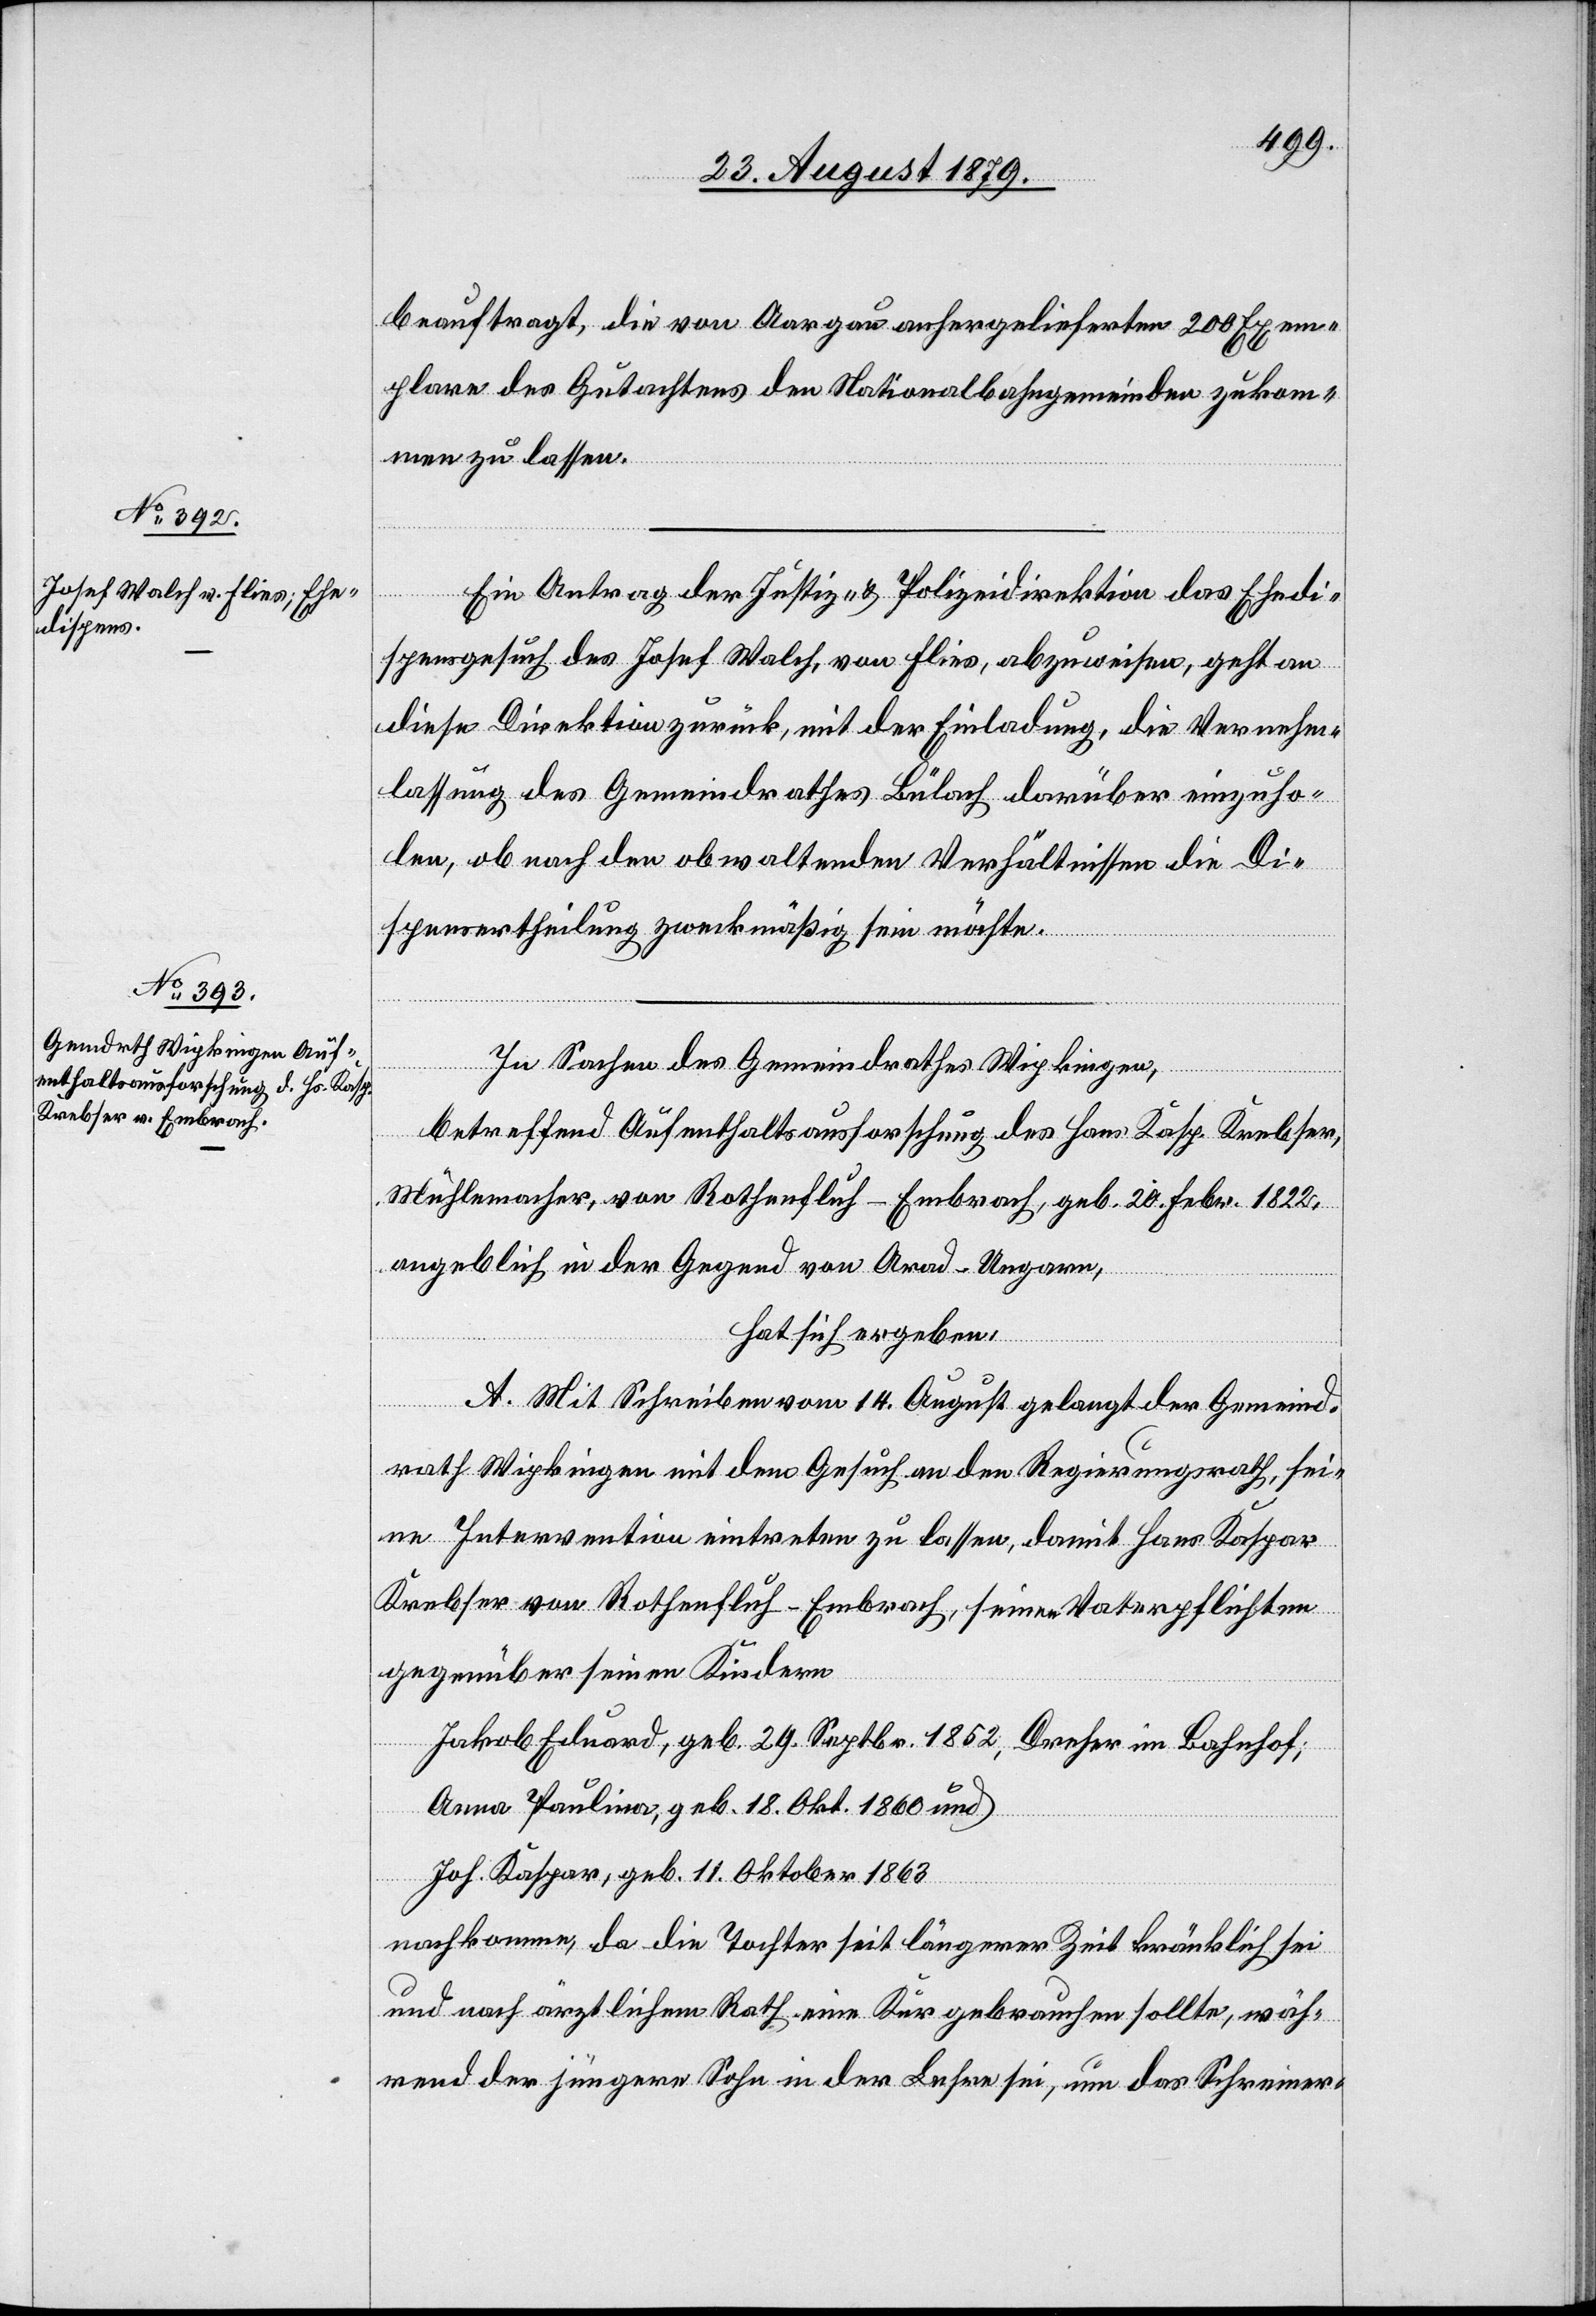
beauftrag, die von Aargau anhergelieferten 200 Exem¬
plare des Gutachtens den Nationalbahngemeinden zukom¬
men zu lassen.
Ein Antrag der Justiz- & Polizeidirektion das Ehedi¬
spensgesuch des Josef Walch, von Flies, abzuweisen, geht an
diese Direktion zurück, mit der Einladung, die Vernehm¬
lassung des Gemeindrathes Bülach darüber einzuho¬
len, ob nach den obwaltenden Verhältnissen die Di¬
spensertheilung zweckmäßig sein möchte.
In Sachen des Gemeindrathes Wipkingen,
betreffend Aufenthaltsausforschung des Hans Kasp. Krebser,
Mühlemacher, von Rothenfluh - Embrach, geb. 20. Febr. 1822,
angeblich in der Gegend von Arad - Ungarn,
hat sich ergeben:
A. Mit Schreiben vom 14. August gelangt der Gemeind¬
rath Wipkingen mit dem Gesuch an den Regierungsrath, sei¬
ne Intervention eintreten zu lassen, damit Hans Kaspar
Krebser von Rothenfluh - Embrach, seine Vaterpflichten
gegenüber seinen Kindern
Jakob Eduard, geb. 29. Septbr. 1852, Dezbr. im Bahnhof;
Anna Paulina, geb. 18. Okt. 1860 und
Joh. Kaspar, geb. 11. Oktober 1863
nachkomme, da die Tochter seit längerer Zeit kränklich sei
und nach ärztlichem Rath eine Kur gebrauchen sollte, wäh¬
rend der jüngere Sohn in der Lehre sei, um das Schreiner-